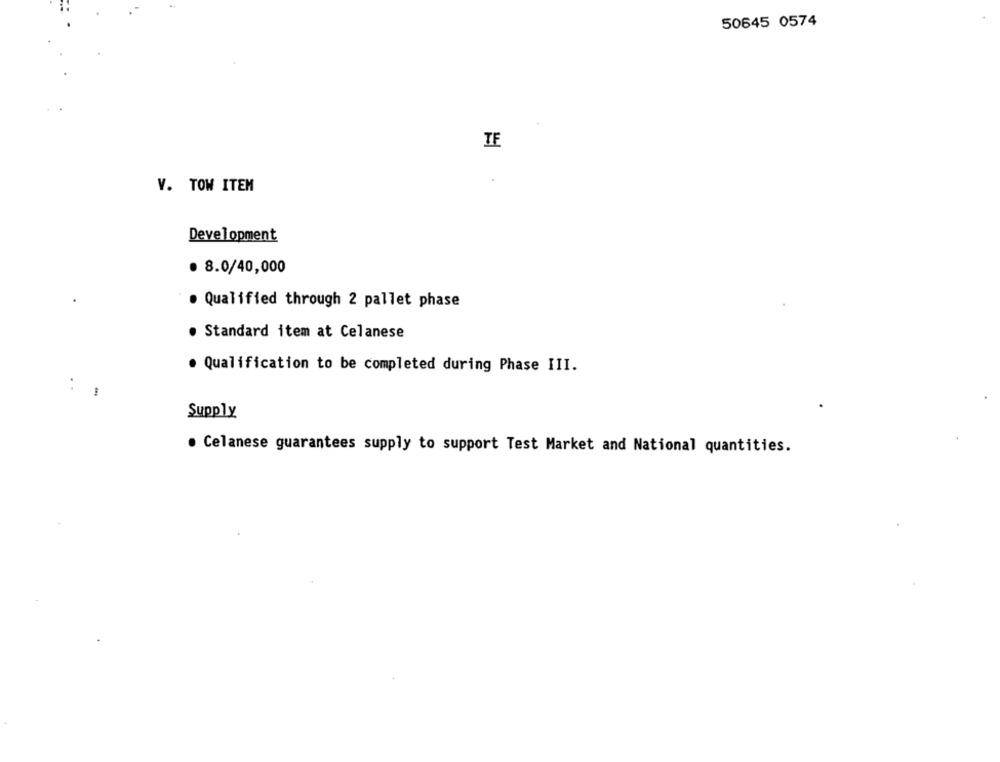
50645 0574
TE
V. TOW ITEM
Development
· 8.0/40,000
. Qualified through 2 pallet phase
· Standard item at Celanese
. Qualification to be completed during Phase III.
:
Supply
. Celanese guarantees supply to support Test Market and National quantities.